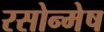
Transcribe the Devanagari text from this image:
रसोन्मेष